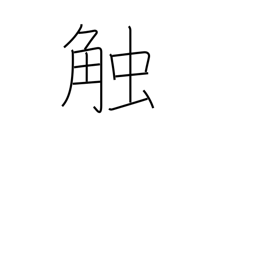
Meaning: proclaim